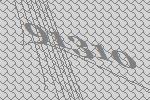
91310